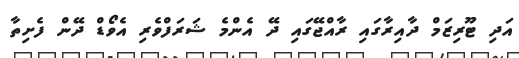
އަދި ޓޫރިޒަމް ދާއިރާގައި ރާއްޖޭގައި ދޭ އެންމެ ޝަރަފްވެރި އެވޯޑް ދޭން ފެށިތާ